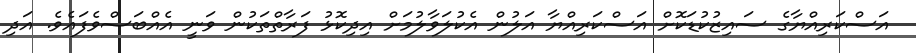
އަސްކަރިއްޔާގެ ސައިޒުކުޑަކޮށް އަސްކަރިއްޔާ އަލުން އެކުލަވާލުމަށް އިދިކޮޅު ފަރާތްތަކުން ވަނީ އެއްބަސްވެފައެވެ. އަދި